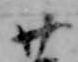
廿